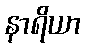
နာရိယာ